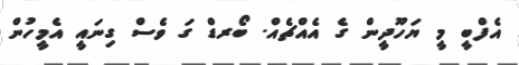
އެފްބީ މީ ޔަހޫދީން ގެ އެއްޗެއް. ބޯރޑް ގަ ވެސް ގިނައީ އެމީހުން